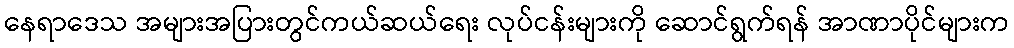
နေရာဒေသ အများအပြားတွင်ကယ်ဆယ်ရေး လုပ်ငန်းများကို ဆောင်ရွက်ရန် အာဏာပိုင်များက